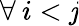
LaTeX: \forall\: i<\mathit{j}